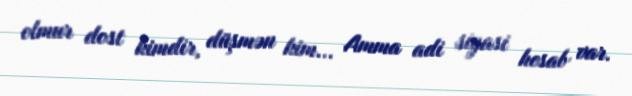
olmur dost kimdir, düşmən kim... Amma adi siyasi hesab var.